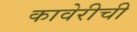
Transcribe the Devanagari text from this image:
कावेरीची